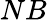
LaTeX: NB